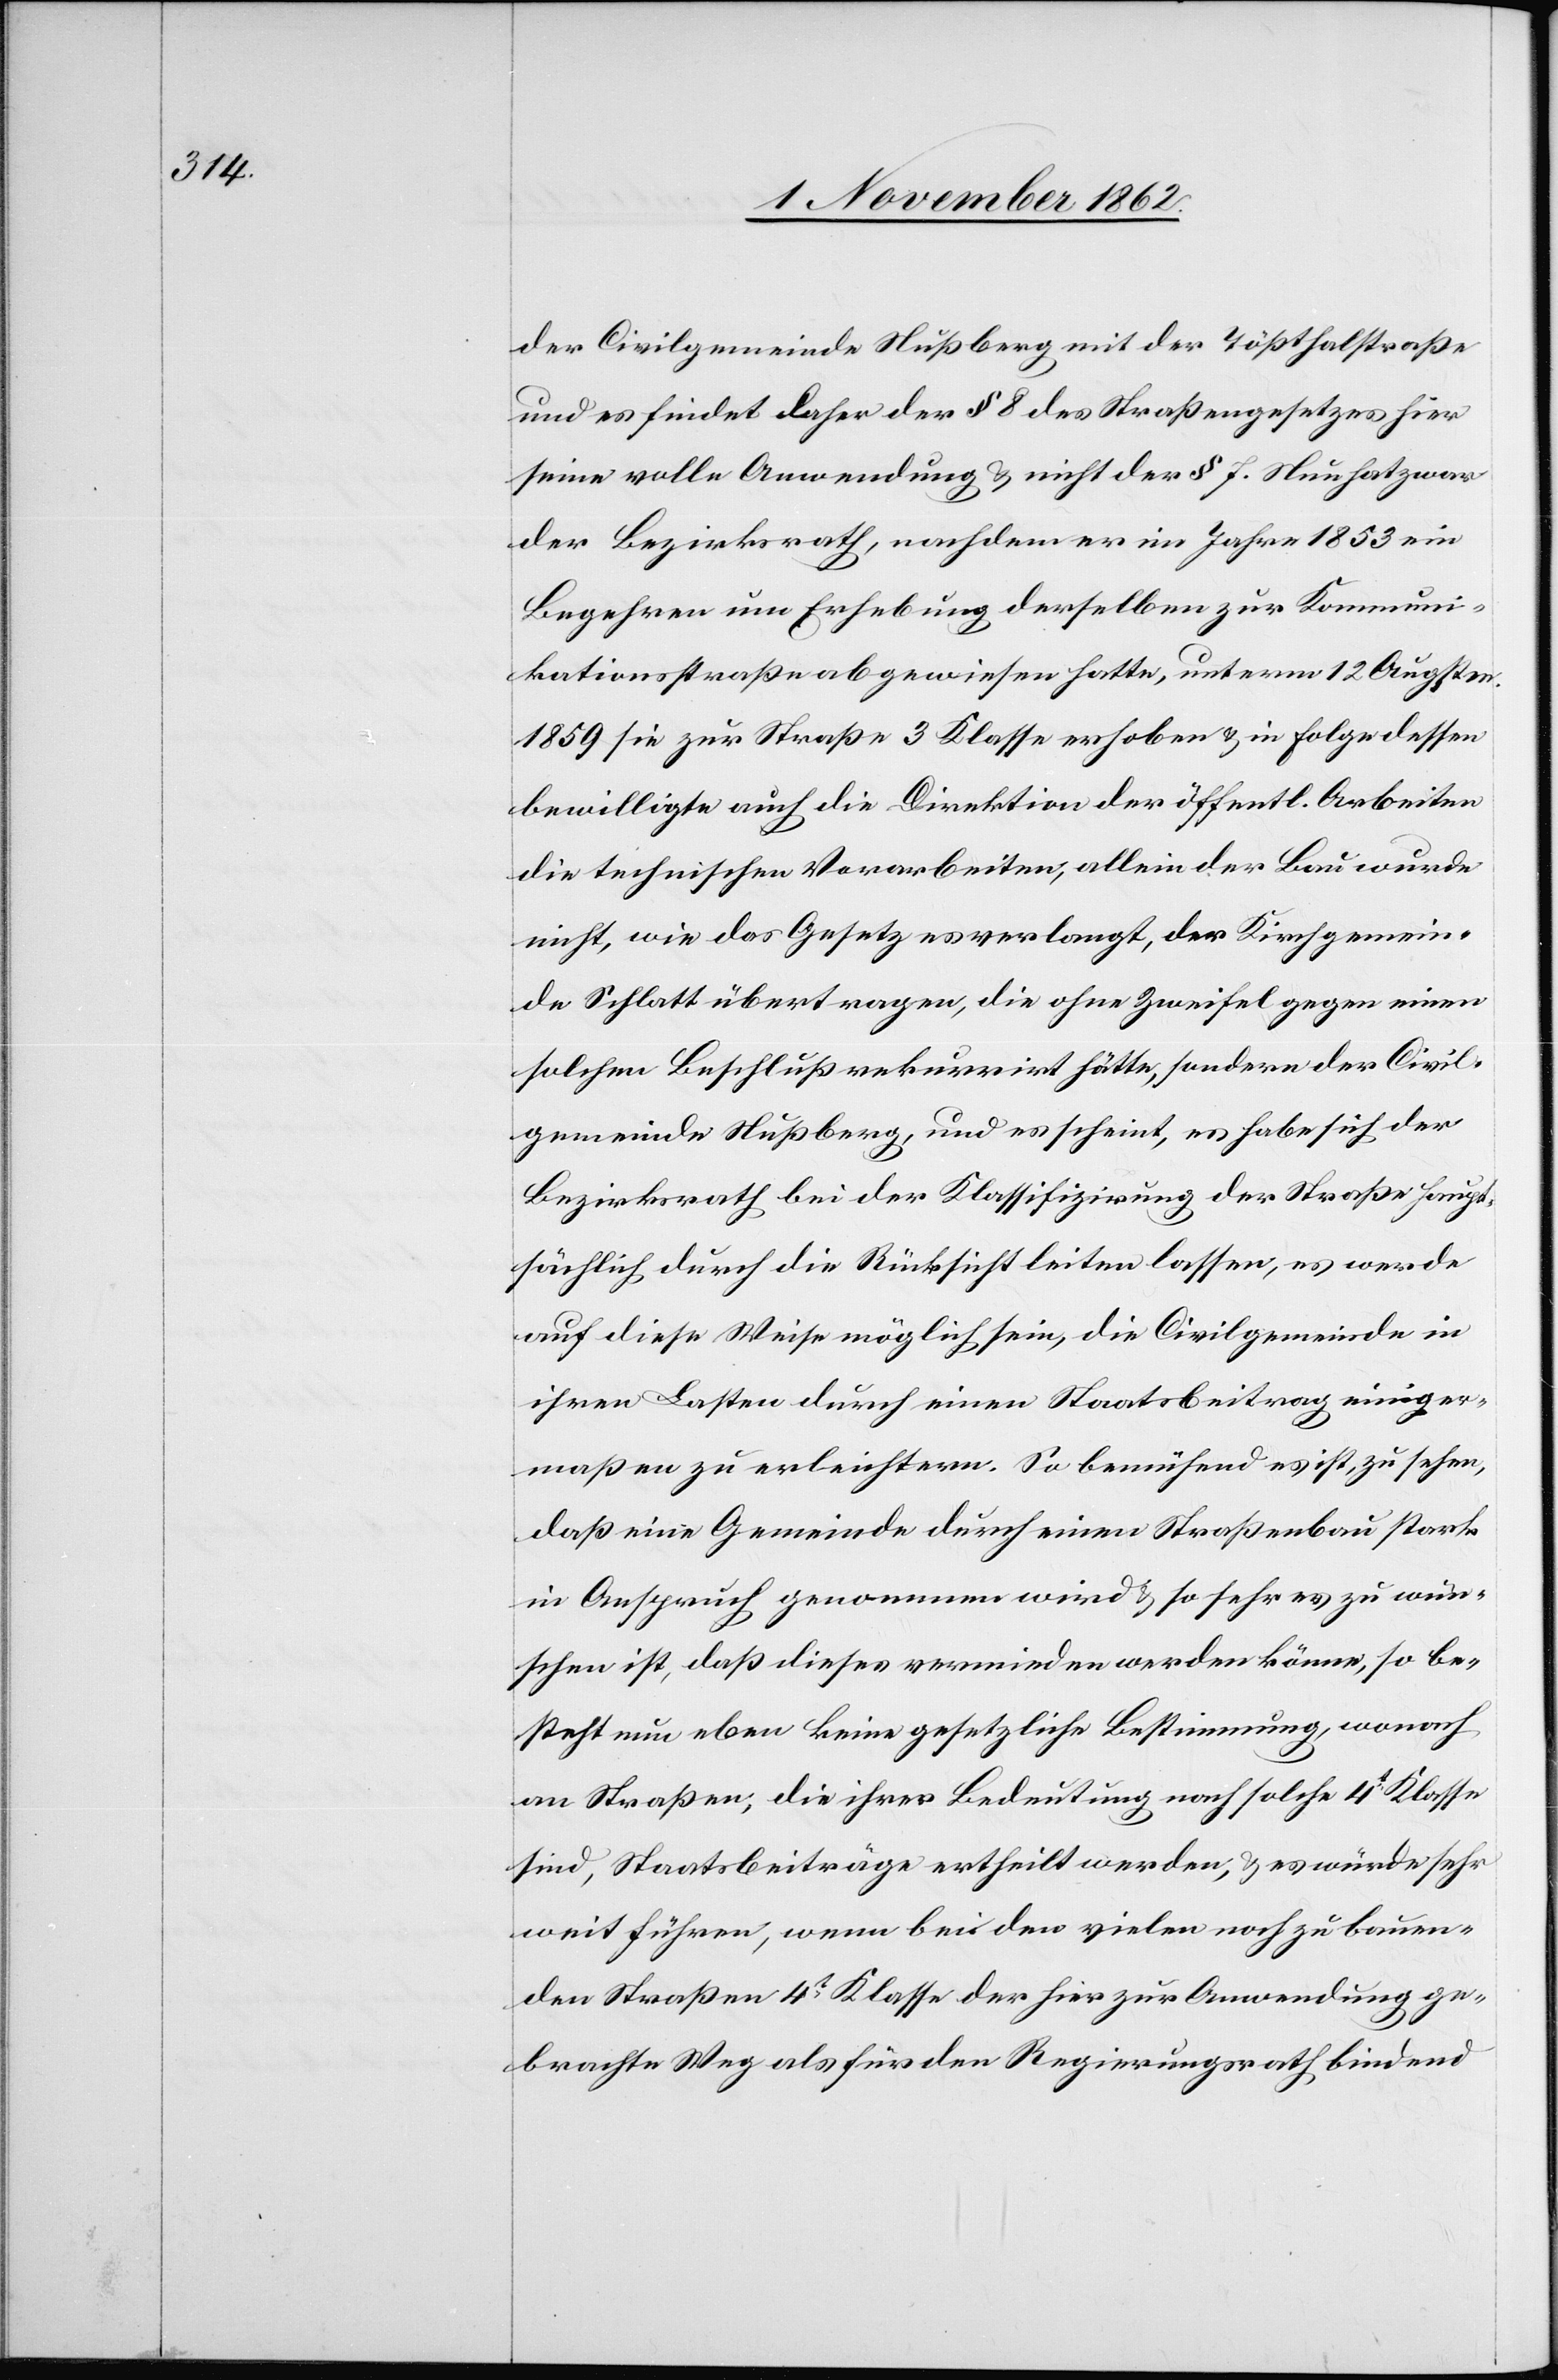
der Civilgemeinde Nußberg mit der Tößthalstraße
und es findet daher der § 8 des Straßengesetzes hier
seine volle Anwendung u. nicht der § 7. Nun hat zwar
der Bezirksrath, nachdem er im Jahre 1853 ein
Begehren um Erhebung derselben zur Kommuni¬
kationsstraße abgewiesen hatte, unterm 12. Augsten
1859 sie zur Straße 3 Klasse erhoben u. in Folge dessen
bewilligte auch die Direktion der öffentl. Arbeiten
die technischen Vorarbeiten, allein der Bau wurde
nicht, wie das Gesetz es verlangt, der Kirchgemein¬
de Schlatt übertragen, die ohne Zweifel gegen einen
solchen Beschluß rekurrirt hätte, sondern der Civil¬
gemeinde Nußberg, und es scheint, es habe sich der
Bezirksrath bei der Klassifizirung der Straßen haupt¬
sächlich durch die Rücksicht leiten lassen, es werde
auf diese Weise möglich sein, die Civilgemeinde in
ihren Lasten durch einen Staatsbeitrag einiger¬
maßen zu erleichtern. So bemühend es ist, zu sehen,
daß eine Gemeinde durch einen Straßenbau stark
in Anspruch genommen wird u. so sehr es zu wün¬
schen ist, daß dieses vermieden werden könne, so be¬
steht nun eben keine gesetzliche Bestimmung, wonach
an Straßen, die ihrer Bedeutung nach solche 4t Klasse
sind, Staatsbeiträge ertheilt werden, u. es würde sehr
weit führen, wenn bei den vielen noch zu bauen¬
den Straßen 4t Klasse der hier zur Anwendung ge¬
brachte Weg als für den Regierungsrath bindend